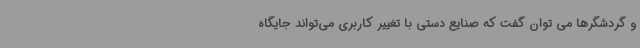
و گردشگرها می توان گفت که صنایع دستی با تغییر کاربری می‌تواند جایگاه